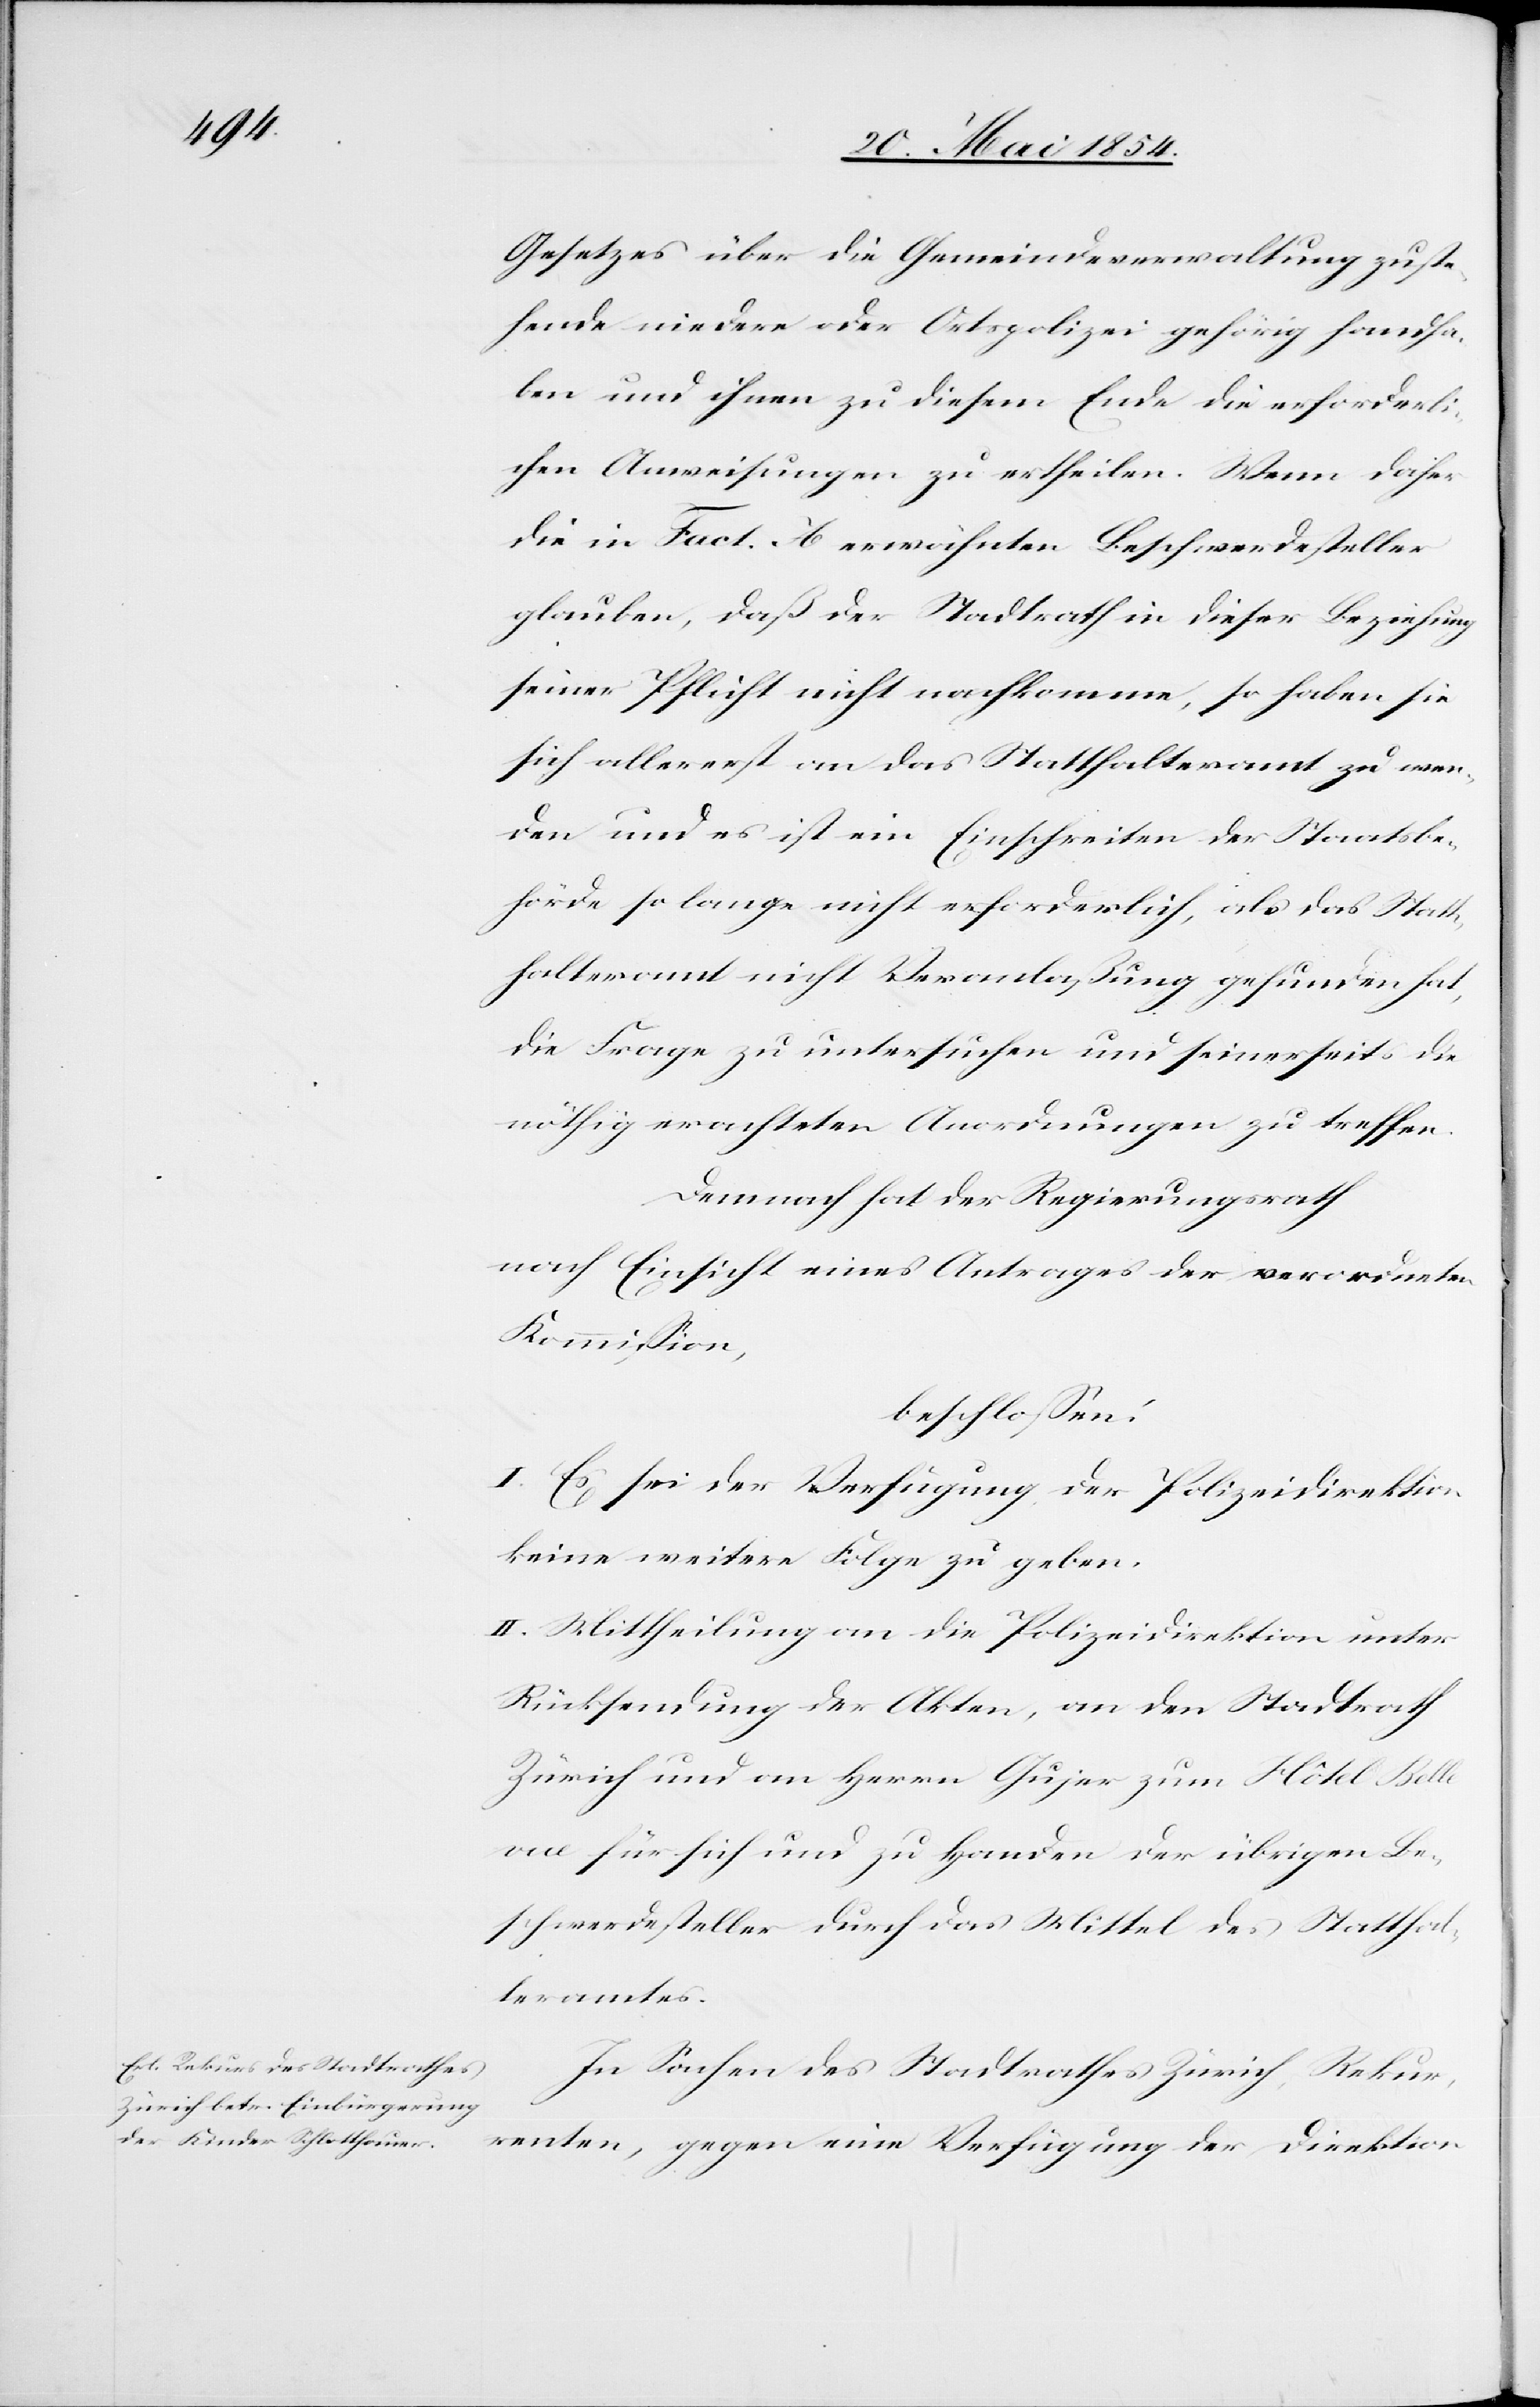
Gesetzes über die Gemeindeverwaltung zuste¬
hende niedere oder Ortspolizei gehörig handha¬
ben und ihnen zu diesem Ende die erforderli¬
chen Anweisungen zu ertheilen. Wenn daher
die in Fact. a erwähnten Beschwerdesteller
glauben, daß der Stadtrath in dieser Beziehung
seiner Pflicht nicht nachkomme, so haben sie
sich allererst an das Statthalteramt zu wen¬
den und es ist ein Einschreiten der Staatsbe¬
hörde so lange nicht erforderlich, als das Statt¬
halteramt nicht Veranlaßung gefunden hat,
die Frage zu untersuchen und seinerseits die
nöthig erachteten Anordnungen zu treffen.
Demnach hat der Regierungsrath
nach Einsicht eines Antrages der verordneten
Kommißion,
beschloßen:
I. Es sei der Verfügung der Polizeidirektion
keine weitere Folge zu geben.
II. Mittheilung an die Polizeidirektion unter
Rücksendung der Akten, an den Stadtrath
Zürich und an Herrn Gujer zum Hôtel Belle¬
vue für sich und zu Handen der übrigen Be¬
schwerdesteller durch das Mittel des Statthal¬
teramtes.
In Sachen des Stadtrathes Zürich, Rekur¬
renten gegen eine Verfügung der Direktion